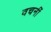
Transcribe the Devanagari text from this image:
वचनीं